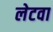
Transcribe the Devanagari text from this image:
लेटवा